DOW-UAP-D48, Department of the Air Force Report, 1996
Agency: Department of War
Incident date: 9/10/96
Page 21
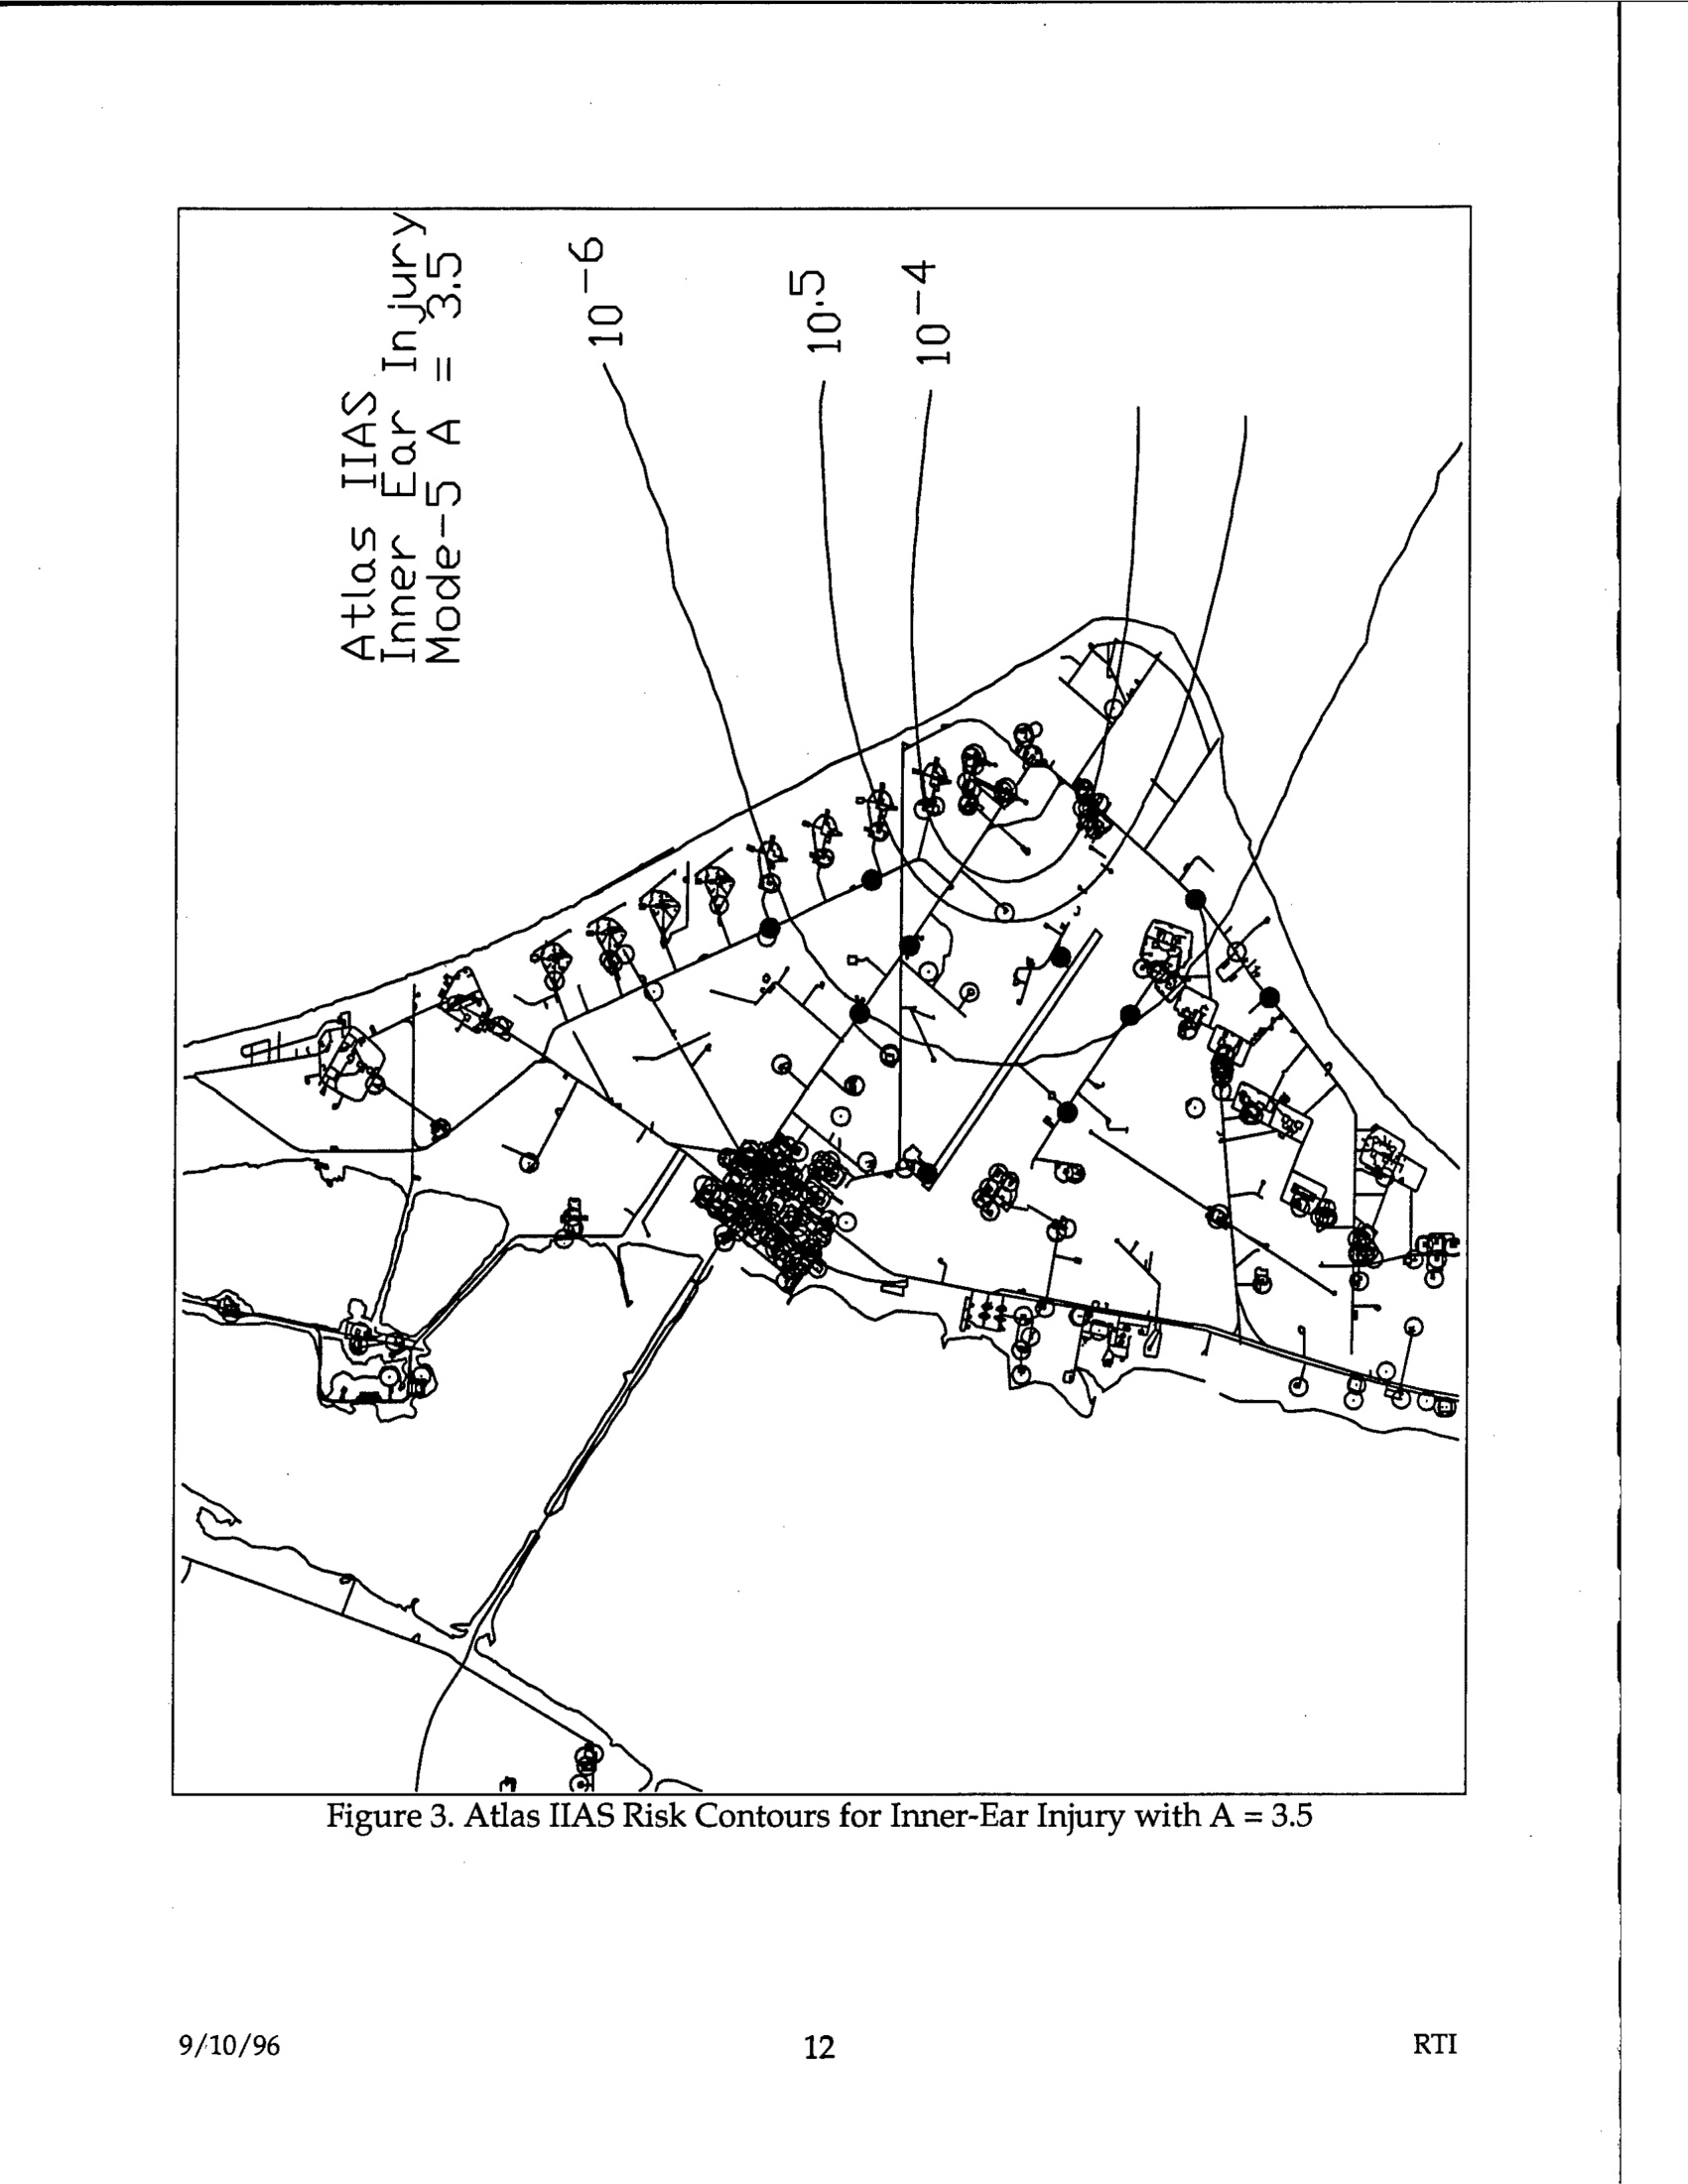